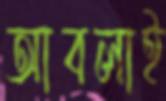
আবলাই